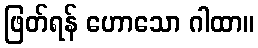
ဖြတ်ရန် ဟောသော ဂါထာ။